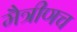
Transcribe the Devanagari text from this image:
मैत्रीणच